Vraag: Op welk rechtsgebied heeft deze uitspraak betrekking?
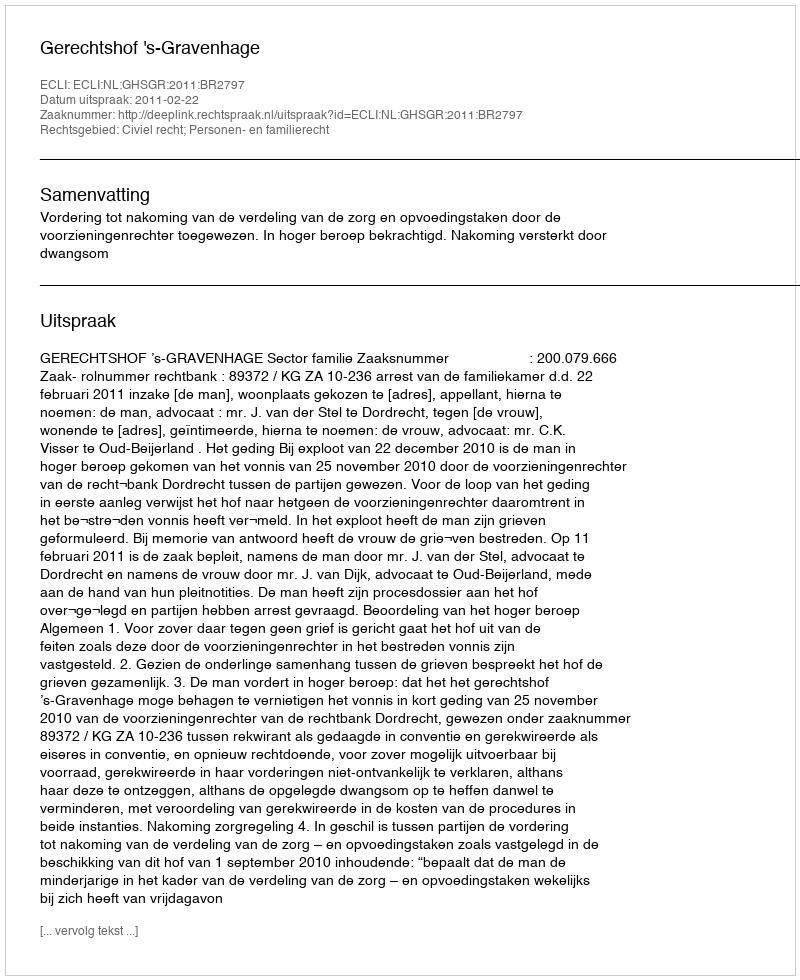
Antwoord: Civiel recht; Personen- en familierecht